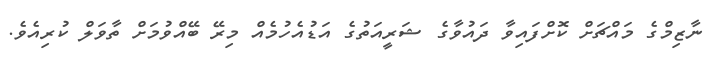
ނާޒިމްގެ މައްޗަށް ކޮށްފައިވާ ދައުވާގެ ޝަރީއަތުގެ އަޑުއެހުމެއް މިރޭ ބޭއްވުމަށް ތާވަލް ކުރިއެވެ.